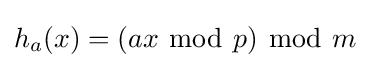
h_{a}(x)=(ax~{\bmod {~}}p)~{\bmod {~}}m